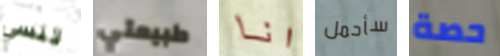
تنسي طبيعتي انا سأحمل حصة